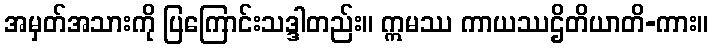
အမှတ်အသားကို ပြကြောင်းသဒ္ဒါတည်း။ ဣမဿ ကာယဿဌိတိယာတိ-ကား။